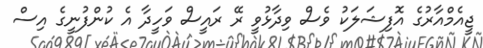
ޖީއެމްއާރުގެ އޮފިޝަލަކު ވެސް ވިދާޅުވީ ރޭ ރައީސް ވަހީދާ އެ ކުންފުނީގެ އިސް